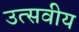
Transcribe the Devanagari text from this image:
उत्सवीय